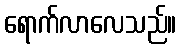
ရောက်လာလေသည်။